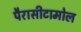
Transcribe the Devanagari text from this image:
पैरासीटामोल